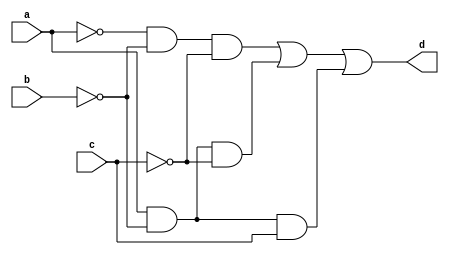
module task3 (
    input a,
    input b,
    input c,
    output d
);
    assign d =(~a&~b&~c)|(a&~b&~c)|(a&~b&c);
endmodule